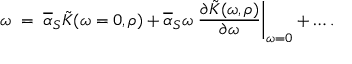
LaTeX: \omega \; = \; \overline { { { \alpha } } } _ { S } \tilde { K } ( \omega = 0 , \rho ) + \overline { { { \alpha } } } _ { S } \omega \left. \frac { \partial \tilde { K } ( \omega , \rho ) } { \partial \omega } \right| _ { \omega = 0 } + \ldots .